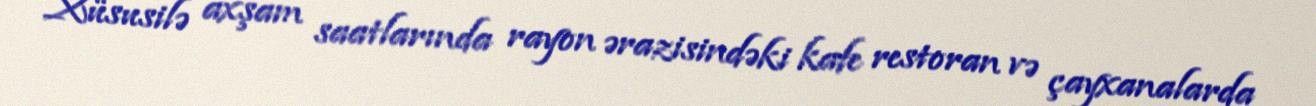
Xüsusilə axşam saatlarında rayon ərazisindəki kafe restoran və çayxanalarda